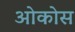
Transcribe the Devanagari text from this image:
ओकोस